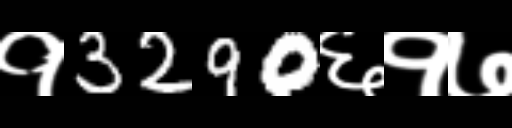
Text: १3290६१७